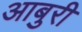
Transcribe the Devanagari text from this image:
आबुरी